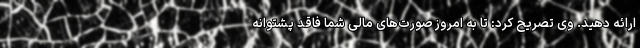
ارائه دهید. وی تصریح کرد: تا به امروز صورت‌های مالی شما فاقد پشتوانه